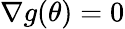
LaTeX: \nabla g(\theta)=0